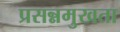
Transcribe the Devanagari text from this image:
प्रसन्नमुखता